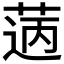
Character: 𦳭